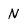
Character: N